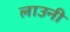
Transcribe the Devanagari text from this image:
लाउनी